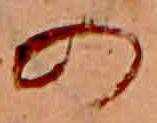
の